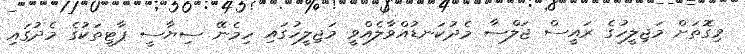
މިގޮތަށް މަޖިލީހުގެ ރައީސް ޖަލްސާ މެދުކަނޑުއްވާލެއްވީ މަޖިލީހުގައި ހިމެނޭ ސިޔާސީ ޕާޓީތަކުގެ މެދުގައި